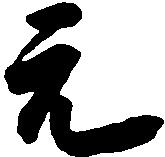
元